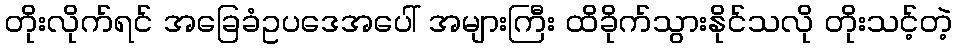
တိုးလိုက်ရင် အခြေခံဥပဒေအပေါ် အများကြီး ထိခိုက်သွားနိုင်သလို တိုးသင့်တဲ့